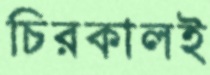
চিরকালই